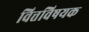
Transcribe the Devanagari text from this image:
वित्तविषयक